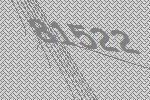
81522